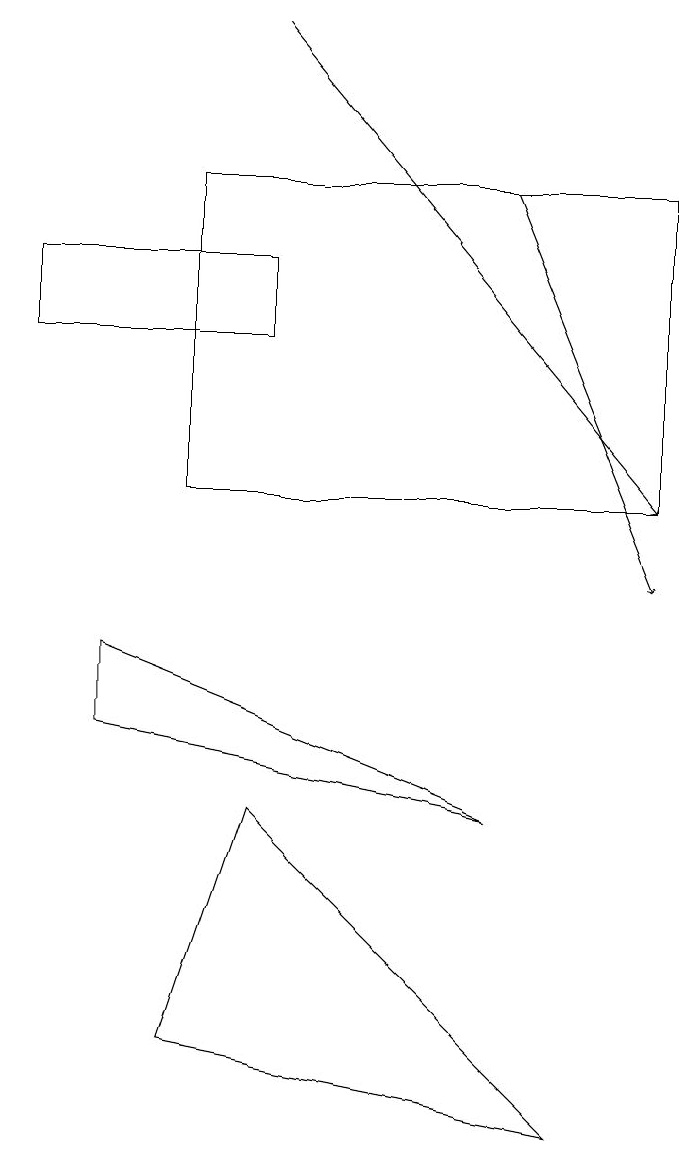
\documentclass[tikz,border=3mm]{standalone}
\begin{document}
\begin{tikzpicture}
\draw (4,7) -- (8,3) -- (3,4) -- cycle;
\draw (7,7) -- (2,8) -- (2,9) -- cycle;
\draw (9,15) rectangle (3,11);
\draw[->] (4,17) -- (9,11);
\draw (1,13) rectangle (4,14);
\draw[->] (7,15) -- (9,10);
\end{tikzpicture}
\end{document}